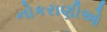
નોકરાણીઓ